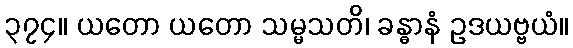
၃၇၄။ ယတော ယတော သမ္မသတိ၊ ခန္ဓာနံ ဥဒယဗ္ဗယံ။